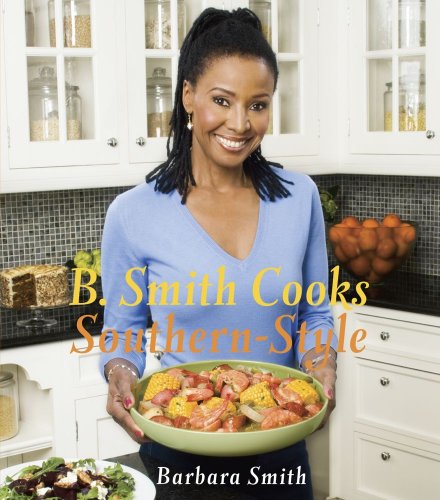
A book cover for B. Smith Cooks Southern-Style; Barbara Smith; Cookbooks, Food & Wine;